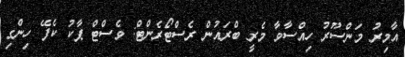
އާމިރު މަންސޫރު ހިއްސާވާ މެރީ ބްރައުން ރެސްޓޯރެންޓް: ވެސްޓް ޕާކު ކެފޭ ހިންގި